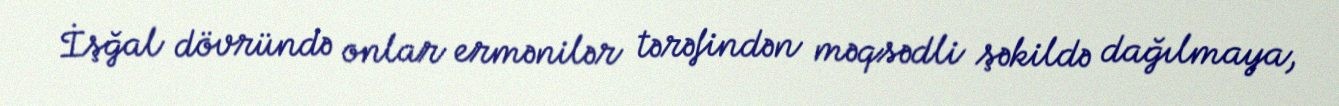
İşğal dövründə onlar ermənilər tərəfindən məqsədli şəkildə dağılmaya,